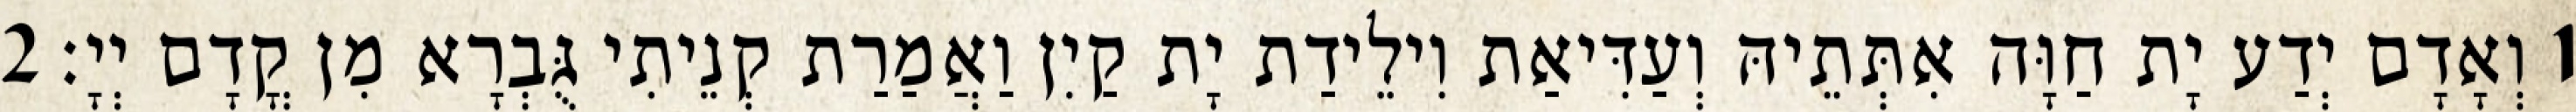
1 וְאָדָם יְדַע יָת חַוָּה אִתְּתֵיהּ וְעַדִּיאַת וִילֵידַת יָת קַיִן וַאֲמַרַת קְנֵיתִי גֻּבְרָא מִן קֳדָם יְיָ׃ 2